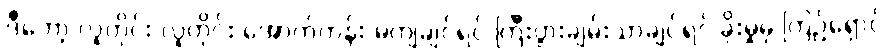
ဒီတော့ လူတိုင်း လူတိုင်း အောက်တန်း မကျချင်ရင် ကြီးပွားချမ်းသာချင်ရင် ခိုးမှုမှ ကြဉ်ရှောင်